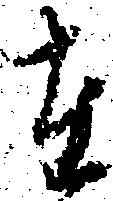
在